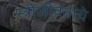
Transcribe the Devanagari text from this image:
स्त्रीजीवनाचे